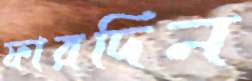
ফারদিন